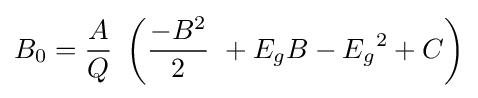
B_{0}={\frac {A}{Q}}\ \left({\frac {-B^{2}}{2}}\ +E_{g}B-{E_{g}}^{2}+C\right)